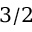
3 / 2